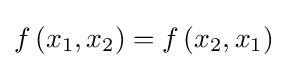
f\left(x_{1},x_{2}\right)=f\left(x_{2},x_{1}\right)